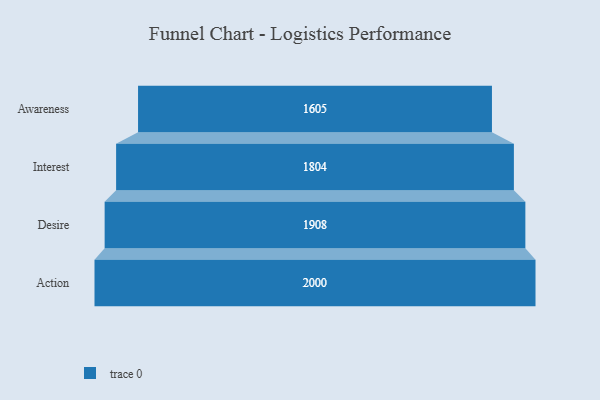
{"axis": {"x": "Stage", "y": "Value"}, "legend": [""], "data": [{"x": "Awareness", "y": 1605.0, "type": ""}, {"x": "Interest", "y": 1804.0, "type": ""}, {"x": "Desire", "y": 1908.0, "type": ""}, {"x": "Action", "y": 2000, "type": ""}]}